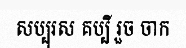
សប្បុរស គប្បី រួច ចាក